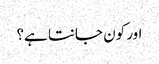
اور کون جانتا ہے؟